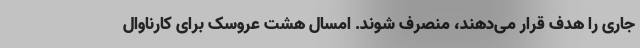
جاری را هدف قرار می‌دهند، منصرف شوند. امسال هشت عروسک برای کارناوال